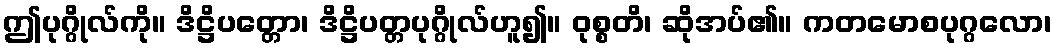
ဤပုဂ္ဂိုလ်ကို။ ဒိဋ္ဌိပတ္တော၊ ဒိဋ္ဌိပတ္တပုဂ္ဂိုလ်ဟူ၍။ ဝုစ္စတိ၊ ဆိုအပ်၏။ ကတမောစပုဂ္ဂလော၊